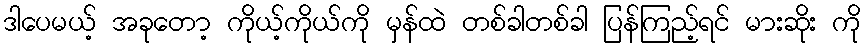
ဒါပေမယ့် အခုတော့ ကိုယ့်ကိုယ်ကို မှန်ထဲ တစ်ခါတစ်ခါ ပြန်ကြည့်ရင် မားဆိုး ကို